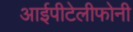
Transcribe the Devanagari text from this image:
आईपीटेलीफोनी